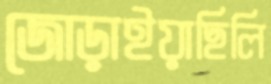
জোড়াইয়াছিলি